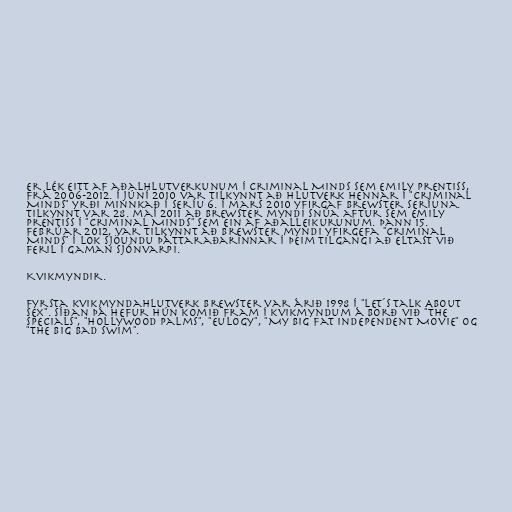
er lék eitt af aðalhlutverkunum í Criminal Minds sem Emily Prentiss,
frá 2006-2012. Í júní 2010 var tilkynnt að hlutverk hennar í "Criminal
Minds" yrði minnkað í seríu 6. Í mars 2010 yfirgaf Brewster seríuna.
Tilkynnt var 28. maí 2011 að Brewster myndi snúa aftur sem Emily
Prentiss í "Criminal Minds" sem ein af aðalleikurunum. Þann 15.
febrúar 2012, var tilkynnt að Brewster myndi yfirgefa "Criminal
Minds" í lok sjöundu þáttaraðarinnar í þeim tilgangi að eltast við
feril í gaman sjónvarpi.

Kvikmyndir.

Fyrsta kvikmyndahlutverk Brewster var árið 1998 í "Let´s Talk About
Sex". Síðan þá hefur hún komið fram í kvikmyndum á borð við "The
Specials", "Hollywood Palms", "Eulogy", "My Big Fat Independent Movie" og
"The Big Bad Swim".